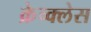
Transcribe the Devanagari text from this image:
क्रेच्क्लेस